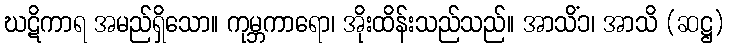
ဃဋိကာရ အမည်ရှိသော။ ကုမ္ဘကာရော၊ အိုးထိန်းသည်သည်။ အာသိံ၁၊ အာသိ (ဆဋ္ဌ)